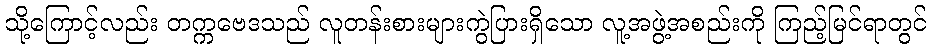
သို့ကြောင့်လည်း တက္ကဗေဒသည် လူတန်းစားများကွဲပြားရှိသော လူ့အဖွဲ့အစည်းကို ကြည့်မြင်ရာတွင်